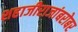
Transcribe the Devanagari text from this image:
शहाजीराजांबरोबर